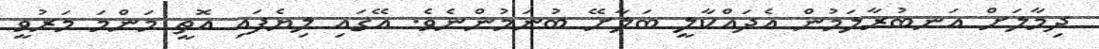
ދިމާލަށް އަނބުރާލަމުން އެދައްކާލީ ބަލާށޭ ބުނަމުންނެވެ. އޭގައި ލިޔެފައި އޮތީ މަންމަ މަރުވީ